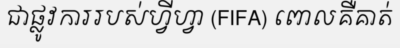
ជាផ្លូវការរបស់ហ្វីហ្វា (FIFA) ពោលគឺគាត់